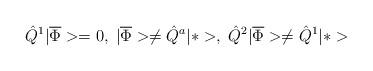
LaTeX: \begin{align*}\hat{Q}^1|\overline\Phi>=0,\;|\overline\Phi>\neq\hat{Q}^a|*>,\; \hat{Q}^2|\overline\Phi>\neq\hat{Q}^1|*>\end{align*}